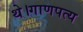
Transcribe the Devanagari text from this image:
थे।गाणपत्य